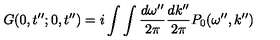
G ( 0 , t ^ { \prime \prime } ; 0 , t ^ { \prime \prime } ) = i \int \int \frac { d \omega ^ { \prime \prime } } { 2 \pi } \frac { d k ^ { \prime \prime } } { 2 \pi } P _ { 0 } ( \omega ^ { \prime \prime } , k ^ { \prime \prime } )